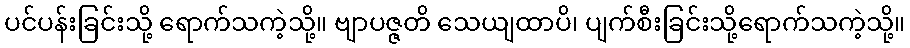
ပင်ပန်းခြင်းသို့ ရောက်သကဲ့သို့။ ဗျာပဇ္ဇတိ သေယျထာပိ၊ ပျက်စီးခြင်းသို့ရောက်သကဲ့သို့။